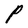
Character: P